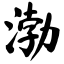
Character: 渤